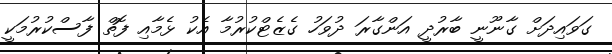
ގަވައިދަށް ގާނޫނީ ބާރުދީ އަންގާރަ ދުވަހު ގެޒެޓްކުރުމާ އެކު ޅެމާއި ފޮތް ފާސްކުރުމަކީ